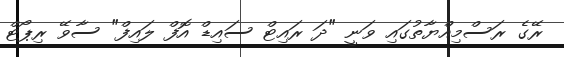
ރޭގެ ރަސްމިއްޔާތުގައި ވަނީ "ދަ ރައިޓް ސައިޑް އޮފް ލައިފް" ސާވޭ ރިޕޯޓް